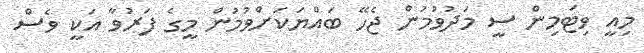
މިއީ ވިޓަމިން ސީ މަދުވުމުން ޖެހޭ ބައްޔަކަށްވުމުން މީގެ ފަރުވާ އަކީ ވެސް